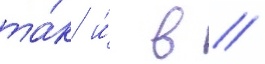
та́к и́ в //